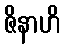
ဇိနာဟိ